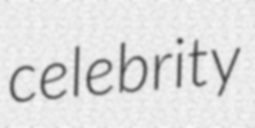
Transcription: celebrity